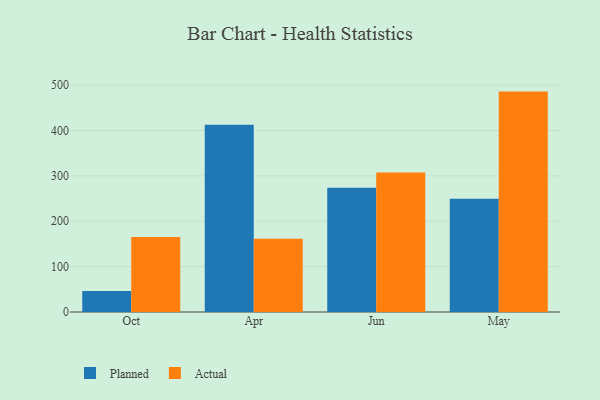
{"axis": {"x": "Month", "y": "Temperature (°C)"}, "legend": ["Actual", "Planned"], "data": [{"x": "Oct", "y": 46.5, "type": "Planned"}, {"x": "Oct", "y": 165.4, "type": "Actual"}, {"x": "Apr", "y": 412.5, "type": "Planned"}, {"x": "Apr", "y": 161.6, "type": "Actual"}, {"x": "Jun", "y": 273.8, "type": "Planned"}, {"x": "Jun", "y": 307.6, "type": "Actual"}, {"x": "May", "y": 249.3, "type": "Planned"}, {"x": "May", "y": 485.7, "type": "Actual"}]}